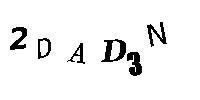
2DAD3N